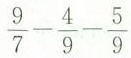
$$\frac{9}{7}- \frac{4}{9}- \frac{5}{9}$$